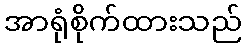
အာရုံစိုက်ထားသည်